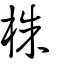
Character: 株